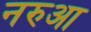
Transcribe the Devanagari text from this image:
नरुआ